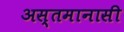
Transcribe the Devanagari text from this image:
अस्तमानासी